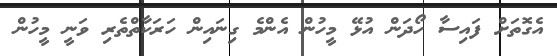
އެގޮތަށް ފައިސާ ހޯދަން އުޅޭ މީހުން އެންމެ ގިނައިން ހަރަކާތްތެރި ވަނީ މީހުން